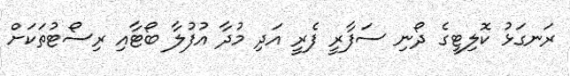
ރަނގަޅު ކޮލިޓީގެ ދޯނި ސަފާރީ ފެރީ އަދި މުދާ އުފުލާ ބޯޓާއި ރިސޯޓުތަކަށް